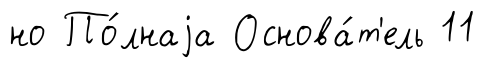
но По́лнаjа Основа́т'ель 11